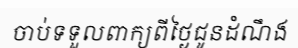
ចាប់ទទួលពាក្យពីថ្ងៃជូនដំណឹង